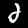
Label: 2